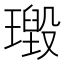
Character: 𱯪